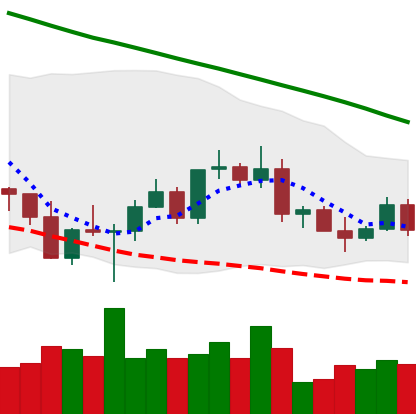
Ticker: ETC-USD
Chart end date: 2022-03-10
Forward return: -3.057%
Label: down_3_5